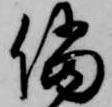
儅